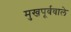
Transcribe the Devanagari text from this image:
मुखपूर्ववाले